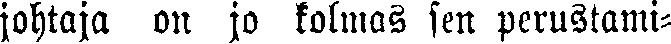
johtaja on jo kolmas sen perustami-